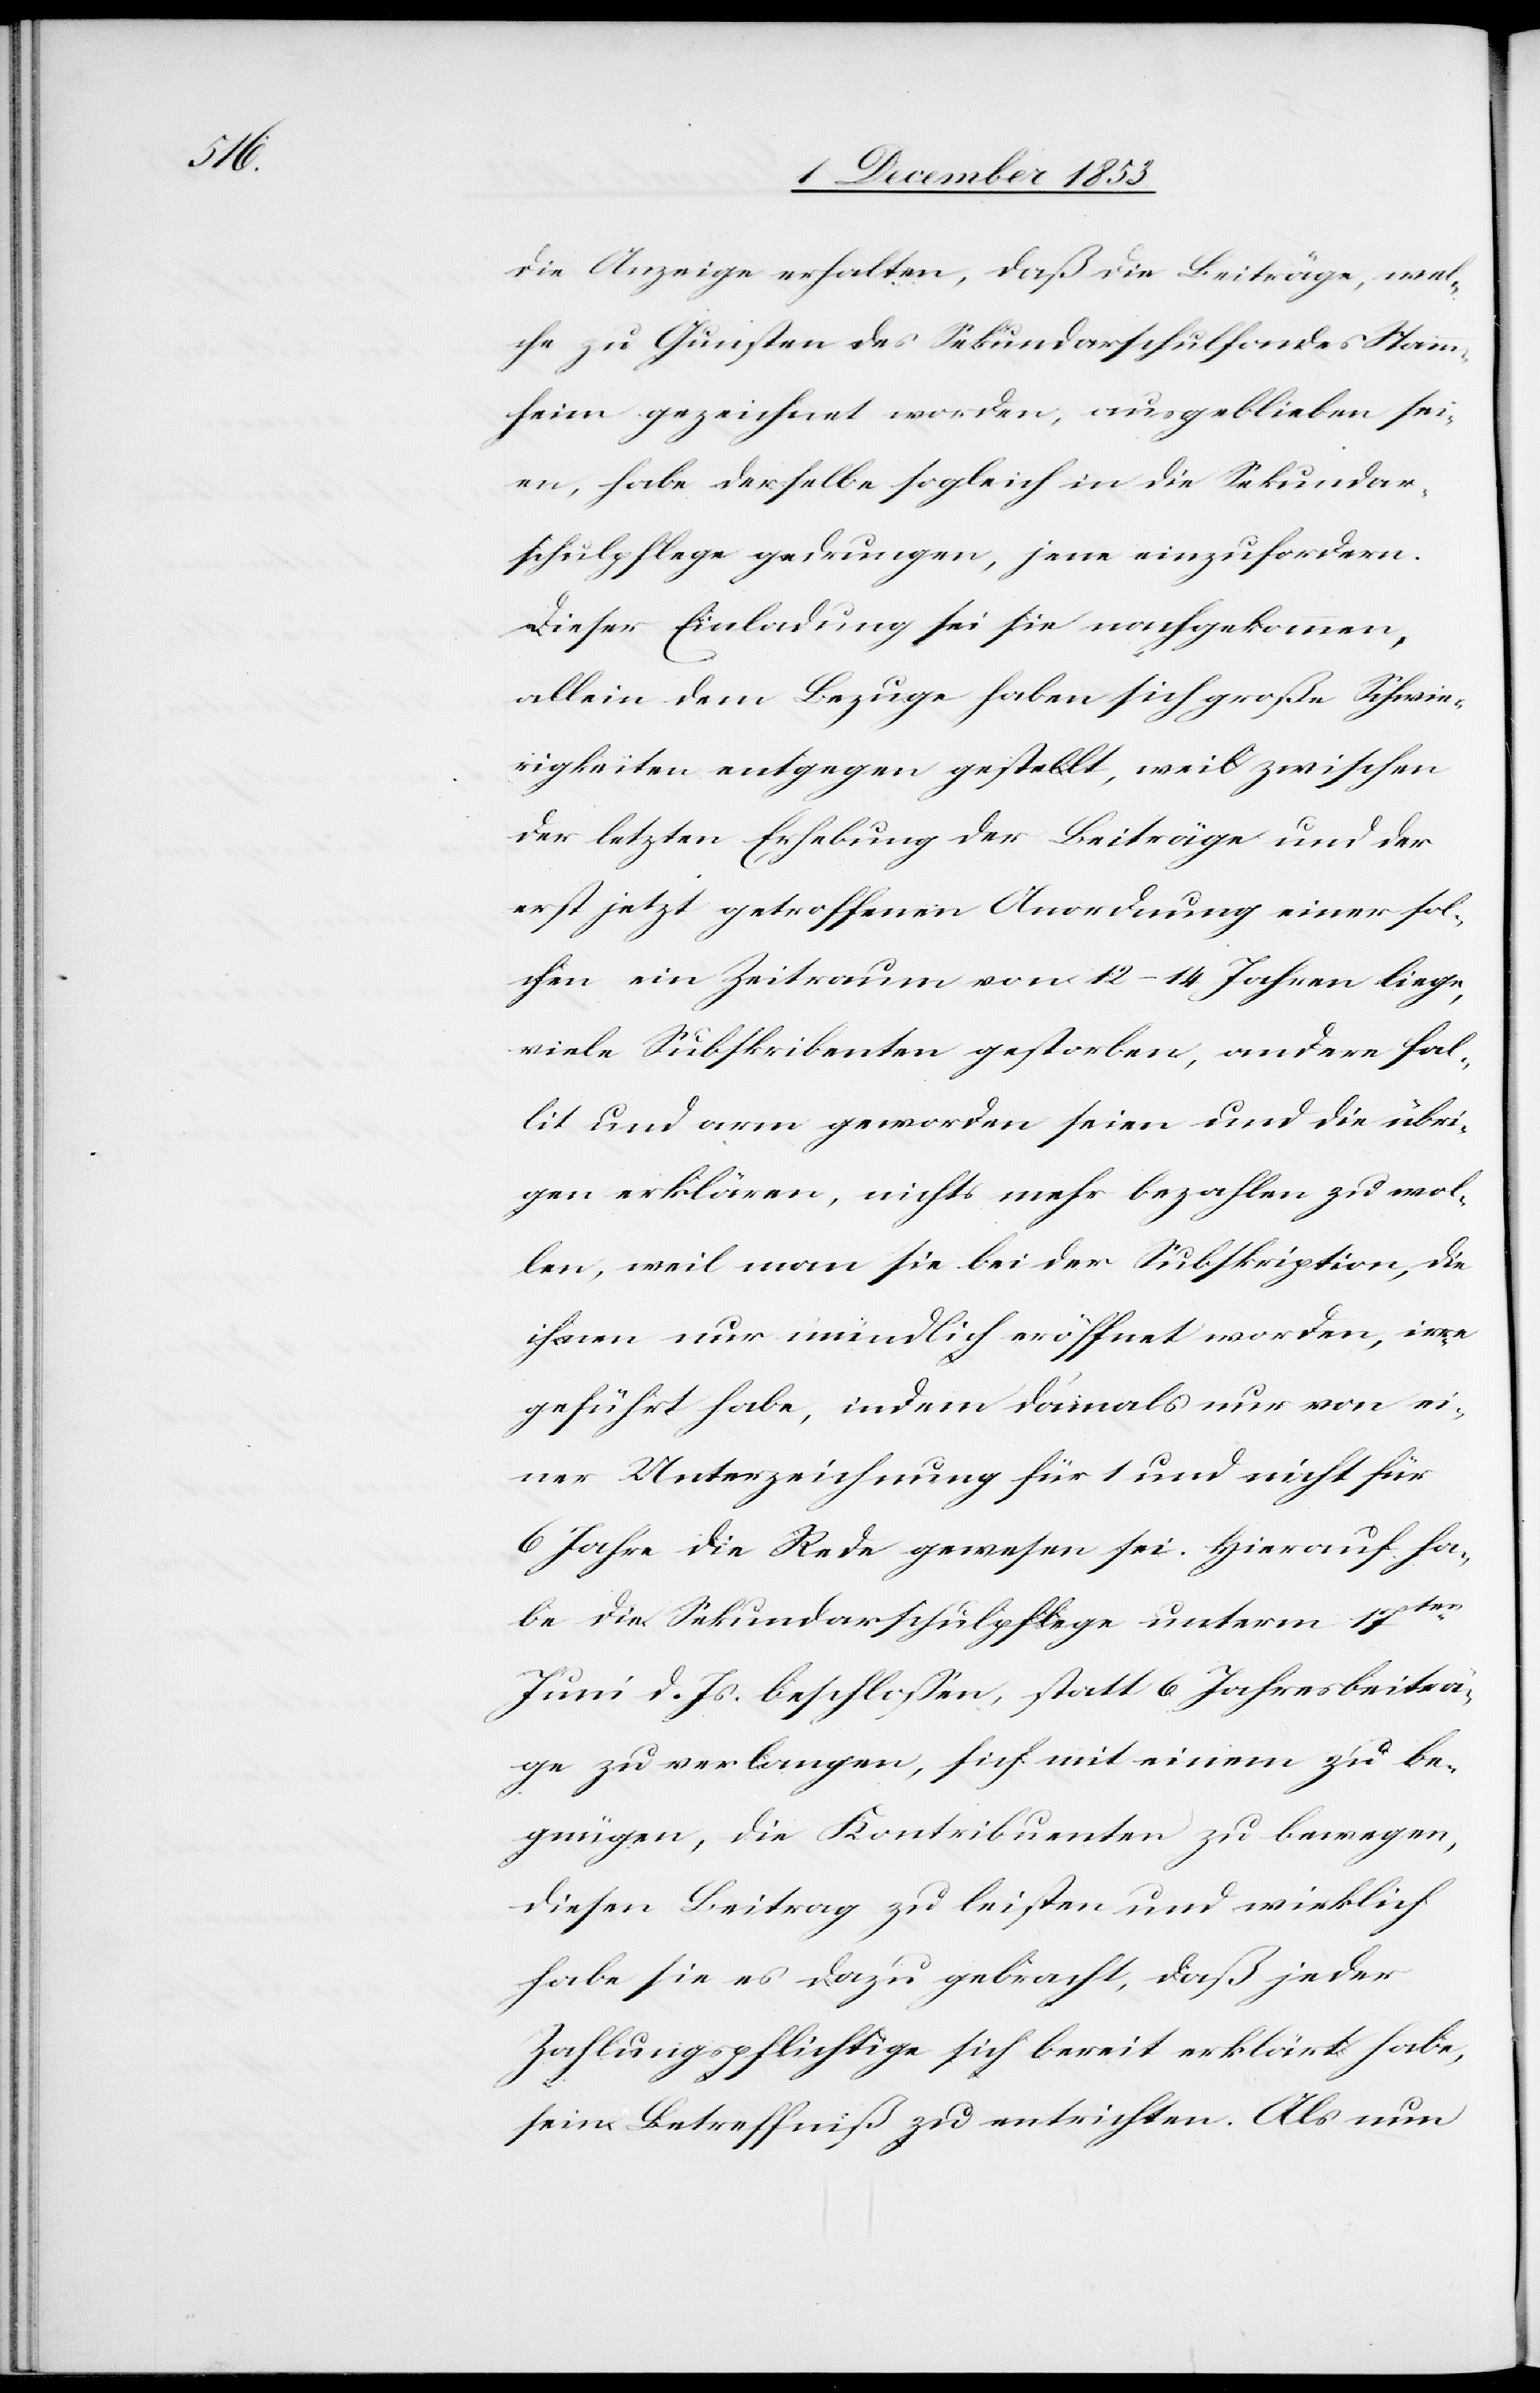
die Anzeige erhalten, daß die Beiträge, wel¬
che zu Gunsten des Sekundarschulfondes Stamm¬
heim gezeichnet worden, ausgeblieben sei¬
en, habe derselbe sogleich in die Sekundar¬
schulpflege gedrungen, jene einzufordern,
allein dem Bezuge haben sich großen Schwie¬
rigkeiten entgegen gestellt, weil zwischen
der letzten Erhebung der Beiträge und der
erst jetzt getroffenen Anordnung einer sol¬
chen ein Zeitraum von 12–14 Jahren liege,
viele Subskribenten gestorben, andere fal¬
lit und arm geworden seien und die übri¬
gen erklären, nichts mehr bezahlen zu wol¬
len, weil man sie bei der Subskription, die
ihnen nur mündlich eröffnet worden, irre
geführt habe, indem damals nur von ei¬
ner Unterzeichnung für 1 und nicht für
6 Jahre die Rede gewesen sei. Hierauf ha¬
be die Sekundarschulpflege unterm 17ten
Juni d. Js. beschloßen, statt 6 Jahresbeiträ¬
ge zu verlangen, sich mit einem zu be¬
gnügen, die Kontribuenten zu bewegen,
diesen Beitrag zu leisten und wirklich
habe sie es dazu gebracht, daß jeder
Zahlungspflichtige sich bereit erklärt habe,
sein Betreffniß zu entrichten. Als nun